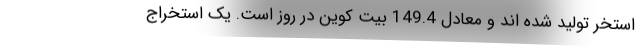
استخر تولید شده اند و معادل 149.4 بیت کوین در روز است. یک استخراج